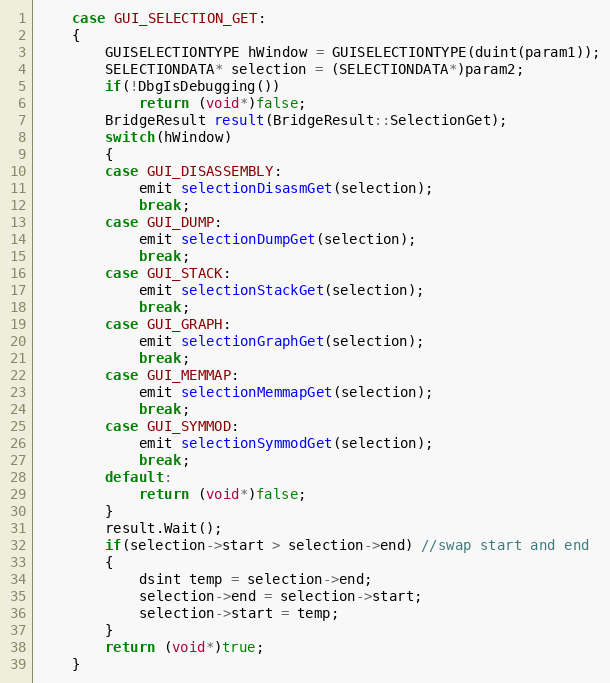
Language: C++
    case GUI_SELECTION_GET:
    {
        GUISELECTIONTYPE hWindow = GUISELECTIONTYPE(duint(param1));
        SELECTIONDATA* selection = (SELECTIONDATA*)param2;
        if(!DbgIsDebugging())
            return (void*)false;
        BridgeResult result(BridgeResult::SelectionGet);
        switch(hWindow)
        {
        case GUI_DISASSEMBLY:
            emit selectionDisasmGet(selection);
            break;
        case GUI_DUMP:
            emit selectionDumpGet(selection);
            break;
        case GUI_STACK:
            emit selectionStackGet(selection);
            break;
        case GUI_GRAPH:
            emit selectionGraphGet(selection);
            break;
        case GUI_MEMMAP:
            emit selectionMemmapGet(selection);
            break;
        case GUI_SYMMOD:
            emit selectionSymmodGet(selection);
            break;
        default:
            return (void*)false;
        }
        result.Wait();
        if(selection->start > selection->end) //swap start and end
        {
            dsint temp = selection->end;
            selection->end = selection->start;
            selection->start = temp;
        }
        return (void*)true;
    }